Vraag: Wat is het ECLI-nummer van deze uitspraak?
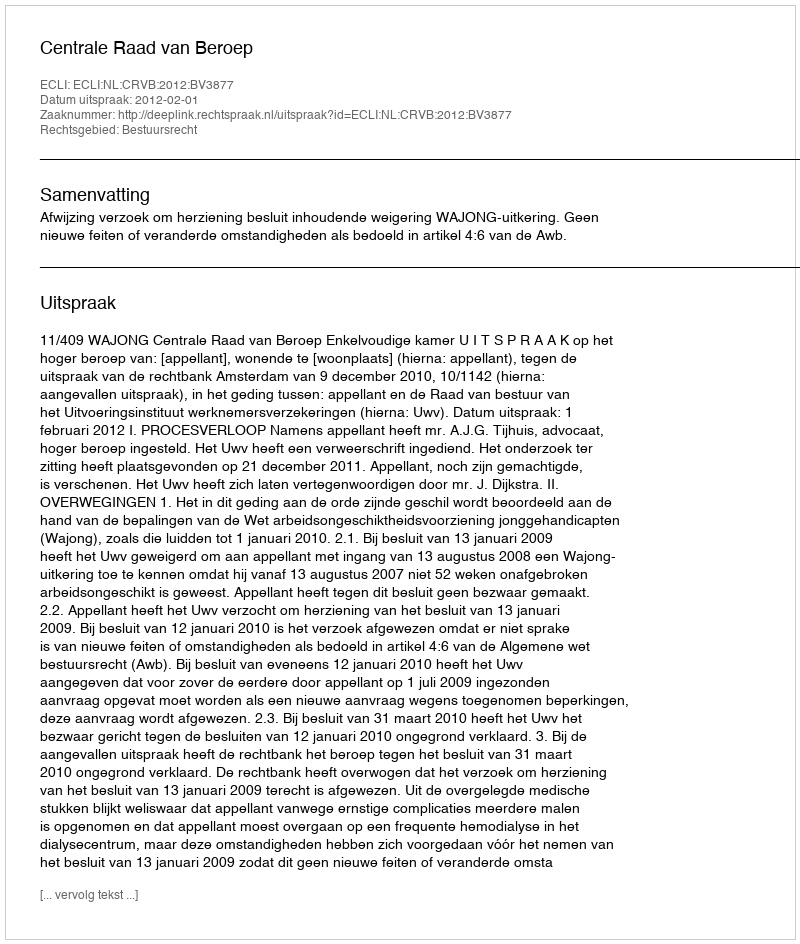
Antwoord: ECLI:NL:CRVB:2012:BV3877